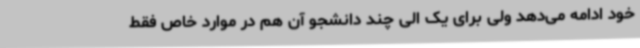
خود ادامه می‌دهد ولی برای یک الی چند دانشجو آن هم در موارد خاص فقط